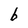
Character: b